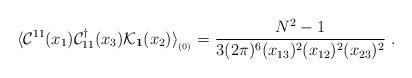
LaTeX: \begin{align*}\langle {\cal C}^{11}(x_{1}) {\cal C}^\dagger_{11}(x_{3}) {\cal K}_{{\bf 1}}(x_{2}) \rangle_{_{(0)}} = {N^{2}-1 \over 3 (2\pi)^{6} (x_{13})^{2}(x_{12})^{2}(x_{23})^{2}} \; . \end{align*}